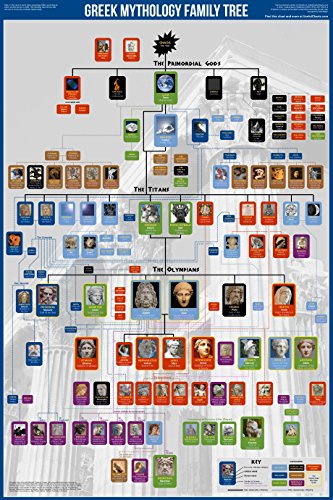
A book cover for Greek Gods Family Tree Poster 24x36"; UsefulCharts; History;